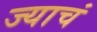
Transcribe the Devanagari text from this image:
ज्याचं